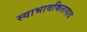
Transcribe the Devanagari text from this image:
स्वाभावकितावाद